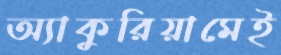
অ্যাকুরিয়ামেই